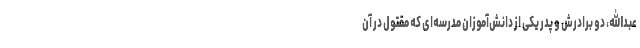
عبدالله، دو برادرش و پدر یکی از دانش‌آموزان مدرسه‌ای که مقتول در آن